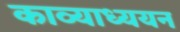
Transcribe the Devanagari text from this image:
काव्याध्ययन